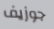
جوزيف